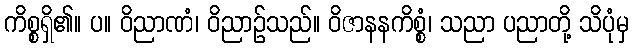
ကိစ္စရှိ၏။ ပ။ ဝိညာဏံ၊ ဝိညာဉ်သည်။ ဝိဇာနနကိစ္စံ၊ သညာ ပညာတို့ သိပုံမှ